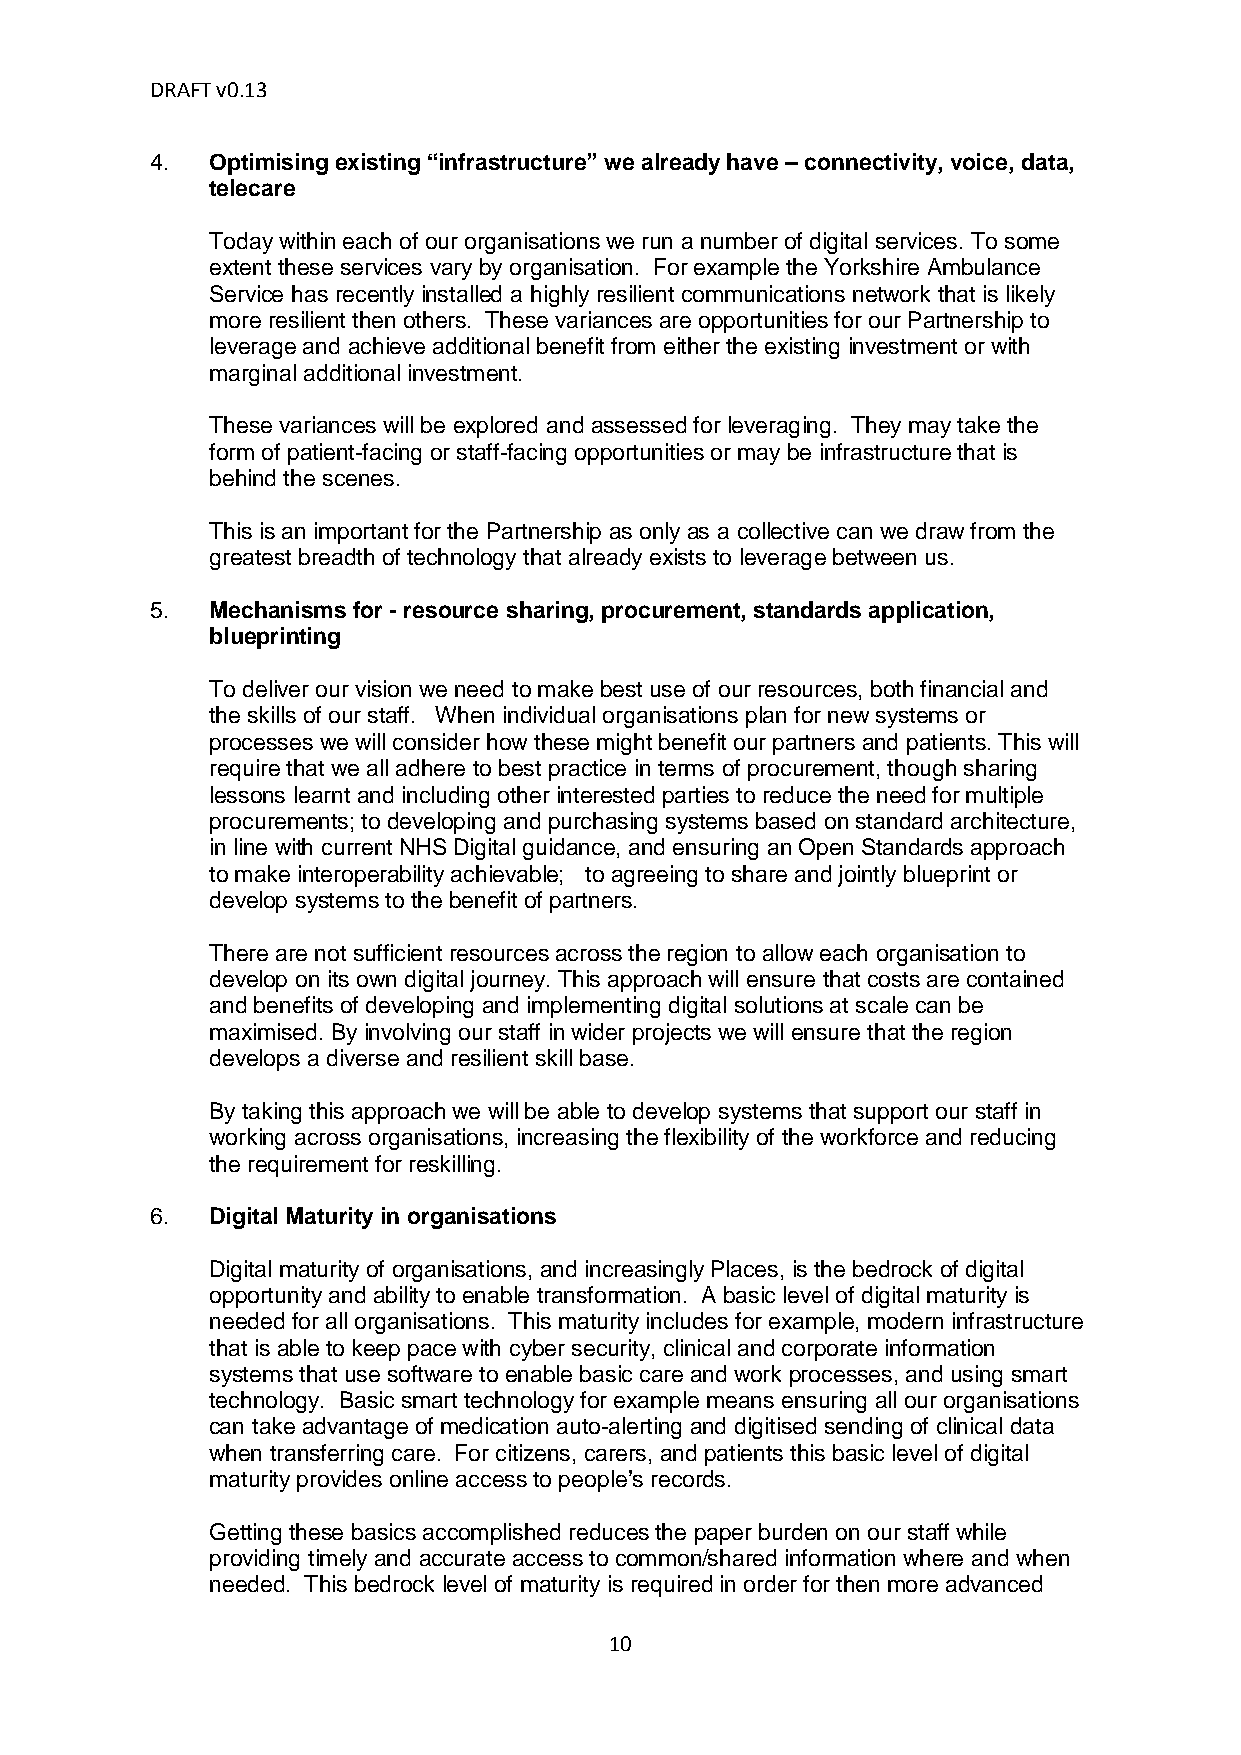
DRAFT v0.13
 4.  Optimising existing “infrastructure” we already have – connectivity, voice, data,
 telecare
 Today within each of our organisations we run a number of digital services. To some
 extent these services vary by organisation. For example the Yorkshire Ambulance
 Service has recently installed a highly resilient communications network that is likely
 more resilient then others. These variances are opportunities for our Partnership to
 leverage and achieve additional benefit from either the existing investment or with
 marginal additional investment.
 These variances will be explored and assessed for leveraging. They may take the
 form of patient-facing or staff-facing opportunities or may be infrastructure that is
 behind the scenes.
 This is an important for the Partnership as only as a collective can we draw from the
 greatest breadth of technology that already exists to leverage between us.
 5.  Mechanisms for - resource sharing, procurement, standards application,
 blueprinting
 To deliver our vision we need to make best use of our resources, both financial and
 the skills of our staff. When individual organisations plan for new systems or
 processes we will consider how these might benefit our partners and patients. This will
 require that we all adhere to best practice in terms of procurement, though sharing
 lessons learnt and including other interested parties to reduce the need for multiple
 procurements; to developing and purchasing systems based on standard architecture,
 in line with current NHS Digital guidance, and ensuring an Open Standards approach
 to make interoperability achievable; to agreeing to share and jointly blueprint or
 develop systems to the benefit of partners.
 There are not sufficient resources across the region to allow each organisation to
 develop on its own digital journey. This approach will ensure that costs are contained
 and benefits of developing and implementing digital solutions at scale can be
 maximised. By involving our staff in wider projects we will ensure that the region
 develops a diverse and resilient skill base.
 By taking this approach we will be able to develop systems that support our staff in
 working across organisations, increasing the flexibility of the workforce and reducing
 the requirement for reskilling.
 6.  Digital Maturity in organisations
 Digital maturity of organisations, and increasingly Places, is the bedrock of digital
 opportunity and ability to enable transformation. A basic level of digital maturity is
 needed for all organisations. This maturity includes for example, modern infrastructure
 that is able to keep pace with cyber security, clinical and corporate information
 systems that use software to enable basic care and work processes, and using smart
 technology. Basic smart technology for example means ensuring all our organisations
 can take advantage of medication auto-alerting and digitised sending of clinical data
 when transferring care. For citizens, carers, and patients this basic level of digital
 maturity provides online access to people’s records.
 Getting these basics accomplished reduces the paper burden on our staff while
 providing timely and accurate access to common/shared information where and when
 needed. This bedrock level of maturity is required in order for then more advanced
 10